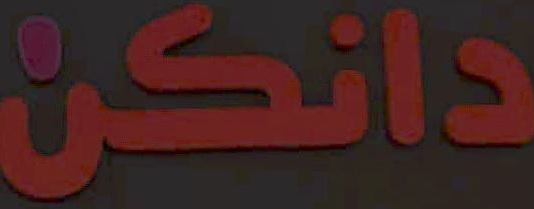
دانكن